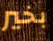
بخير